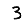
Digit: 3